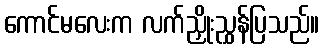
ကောင်မလေးက လက်ညှိုးညွှန်ပြသည်။